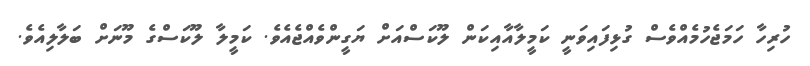
ހުރިހާ ހަމަޖެހުމެއްވެސް ގުޅިފައިވަނީ ކަމީލާއާއިކަން ލޫކަސްއަށް ޔަގީންވެއްޖެއެވެ. ކަމީލާ ލޫކަސްގެ މޫނަށް ބަލާލިއެވެ.